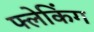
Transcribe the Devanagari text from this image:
फ्लेकिंग